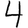
Digit: 4